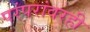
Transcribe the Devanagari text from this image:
परंपरांवरही